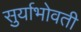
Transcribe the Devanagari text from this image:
सुर्याभोवती